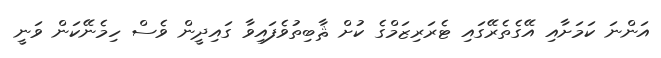
އަންނަ ކަމަށާއި އޭގެތެރޭގައި ޓެރަރިޒަމްގެ ކުށް ޘާބިތުވެފައިވާ ގައިދީން ވެސް ހިމެނޭކަން ވަނީ